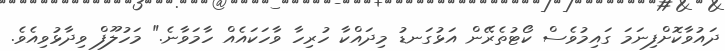
ދައުވާކޮށްފިނަމަ ގައިމުވެސް ކޯޓުތެރޭން އަޅުގަނޑު މިދައްކާ ހުރިހާ ވާހަކައެއް ހާމަވާނެ." މަހުލޫފް ވިދާޅުވިއެވެ.